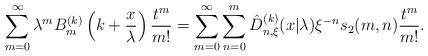
LaTeX: \begin{align*} \sum_{m=0}^\infty \lambda^m B_m^{(k)} \left(k+\frac{x}{\lambda} \right) \frac{ t^m}{m!}=\sum_{m=0}^\infty \sum_{n=0}^m \hat{D}_{n,\xi}^{(k)} (x|\lambda) \xi^{-n} s_2 (m,n) \frac{t^m}{m!}.\end{align*}